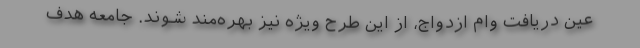
عين دريافت وام ازدواج، از اين طرح ويژه نيز بهره‌مند شوند. جامعه هدف